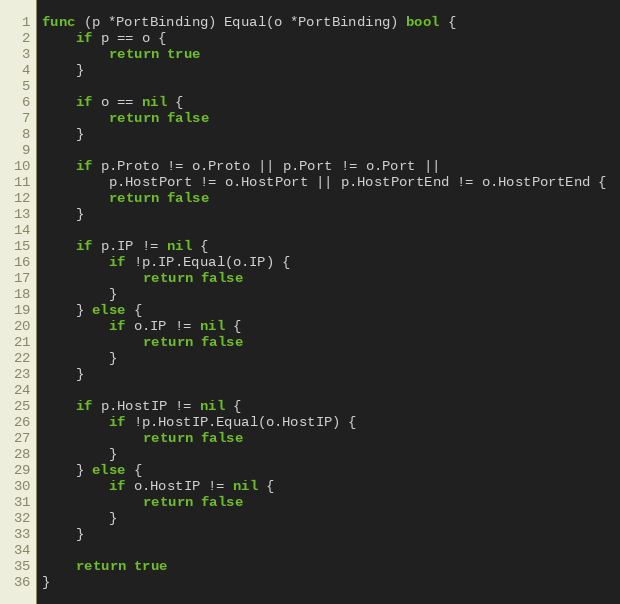
Language: Go
func (p *PortBinding) Equal(o *PortBinding) bool {
	if p == o {
		return true
	}

	if o == nil {
		return false
	}

	if p.Proto != o.Proto || p.Port != o.Port ||
		p.HostPort != o.HostPort || p.HostPortEnd != o.HostPortEnd {
		return false
	}

	if p.IP != nil {
		if !p.IP.Equal(o.IP) {
			return false
		}
	} else {
		if o.IP != nil {
			return false
		}
	}

	if p.HostIP != nil {
		if !p.HostIP.Equal(o.HostIP) {
			return false
		}
	} else {
		if o.HostIP != nil {
			return false
		}
	}

	return true
}